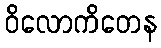
ဝိလောကိတေန